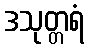
ဒသုတ္တရံ